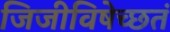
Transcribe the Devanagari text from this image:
जिजीविषेच्छतं